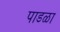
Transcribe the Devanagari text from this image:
पाडळा